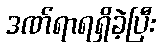
ဒဏ်ရာရရှိခဲ့ပြီး